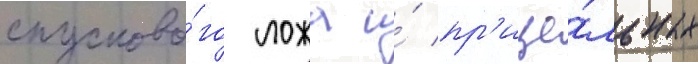
спусково́го ложа и́ пр'ице́льных